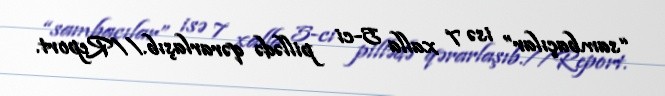
“sambaçılar” isə 7 xalla 5-ci pillədə qərarlaşıb.//Report.